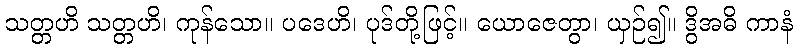
သတ္တဟိ သတ္တဟိ၊ ကုန်သော။ ပဒေဟိ၊ ပုဒ်တို့ဖြင့်။ ယောဇေတွာ၊ ယှဉ်၍။ ဒွိအဓိ ကာနံ